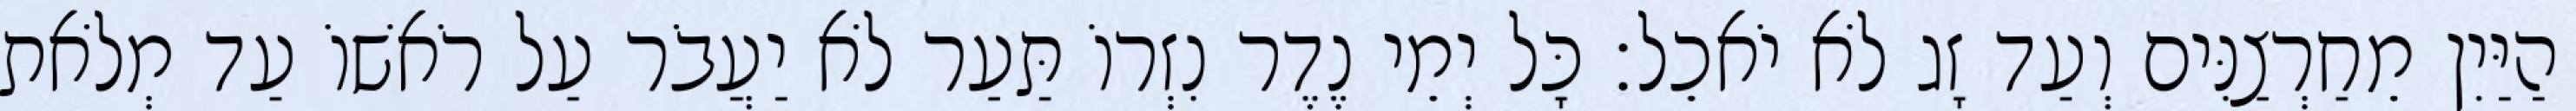
הַיַּיִן מֵחַרְצַנִּים וְעַד זָג לֹא יֹאכֵל׃ כָּל יְמֵי נֶדֶר נִזְרוֹ תַּעַר לֹא יַעֲבֹר עַל רֹאשׁוֹ עַד מְלֹאת